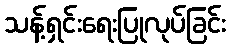
သန့်ရှင်းရေးပြုလုပ်ခြင်း